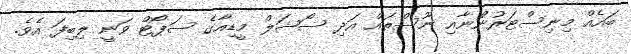
ބައެއް މިނިސްޓަރުންނާއި ނޫސްތައް އަދި ސޯޝަލް މީޑިއާގެ ސަޕޯޓް ވަނީ ލިބިފަ އެވެ.